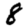
Digit: 8